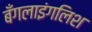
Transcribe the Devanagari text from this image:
बँगलाइंगलिश